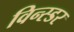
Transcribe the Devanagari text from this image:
विन्स्डर